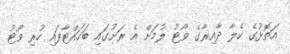
އަތޮޅުގެ ކެލާ ދާއިރާގެ ވޯޓު ލުމަށް އެ ރަށުގައި ބަހައްޓާފައި ހުރި ވޯޓު